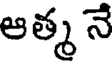
ఆత్మ నే